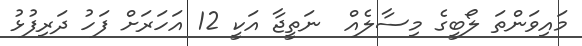
މައިވަންތަ ލޯބީގެ މިސާލެއް  ނަތީޖާ އަކީ 12 އަހަރަށް ފަހު ދަރިފުޅު